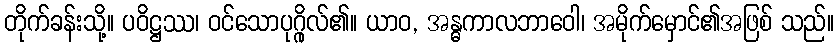
တိုက်ခန်းသို့။ ပဝိဋ္ဌဿ၊ ဝင်သောပုဂ္ဂိုလ်၏။ ယာဝ, အန္ဓကာလဘာဝေါ၊ အမိုက်မှောင်၏အဖြစ် သည်။